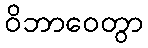
ဝိဘာဝေတွာ